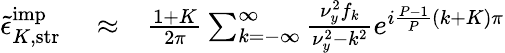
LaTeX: \begin{array}{rlr}{\tilde{\epsilon}_{K,\mathrm{str}}^{\mathrm{imp}}}&{{}\approx}&{\frac{1+K}{2\pi}\sum_{k=-\infty}^{\infty}\frac{\nu_{y}^{2}f_{k}}{\nu_{y}^{2}-k^{2}}e^{i\frac{P-1}{P}(k+K)\pi}}\end{array}